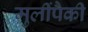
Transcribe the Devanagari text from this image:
मुलींपैकी